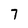
Character: 7